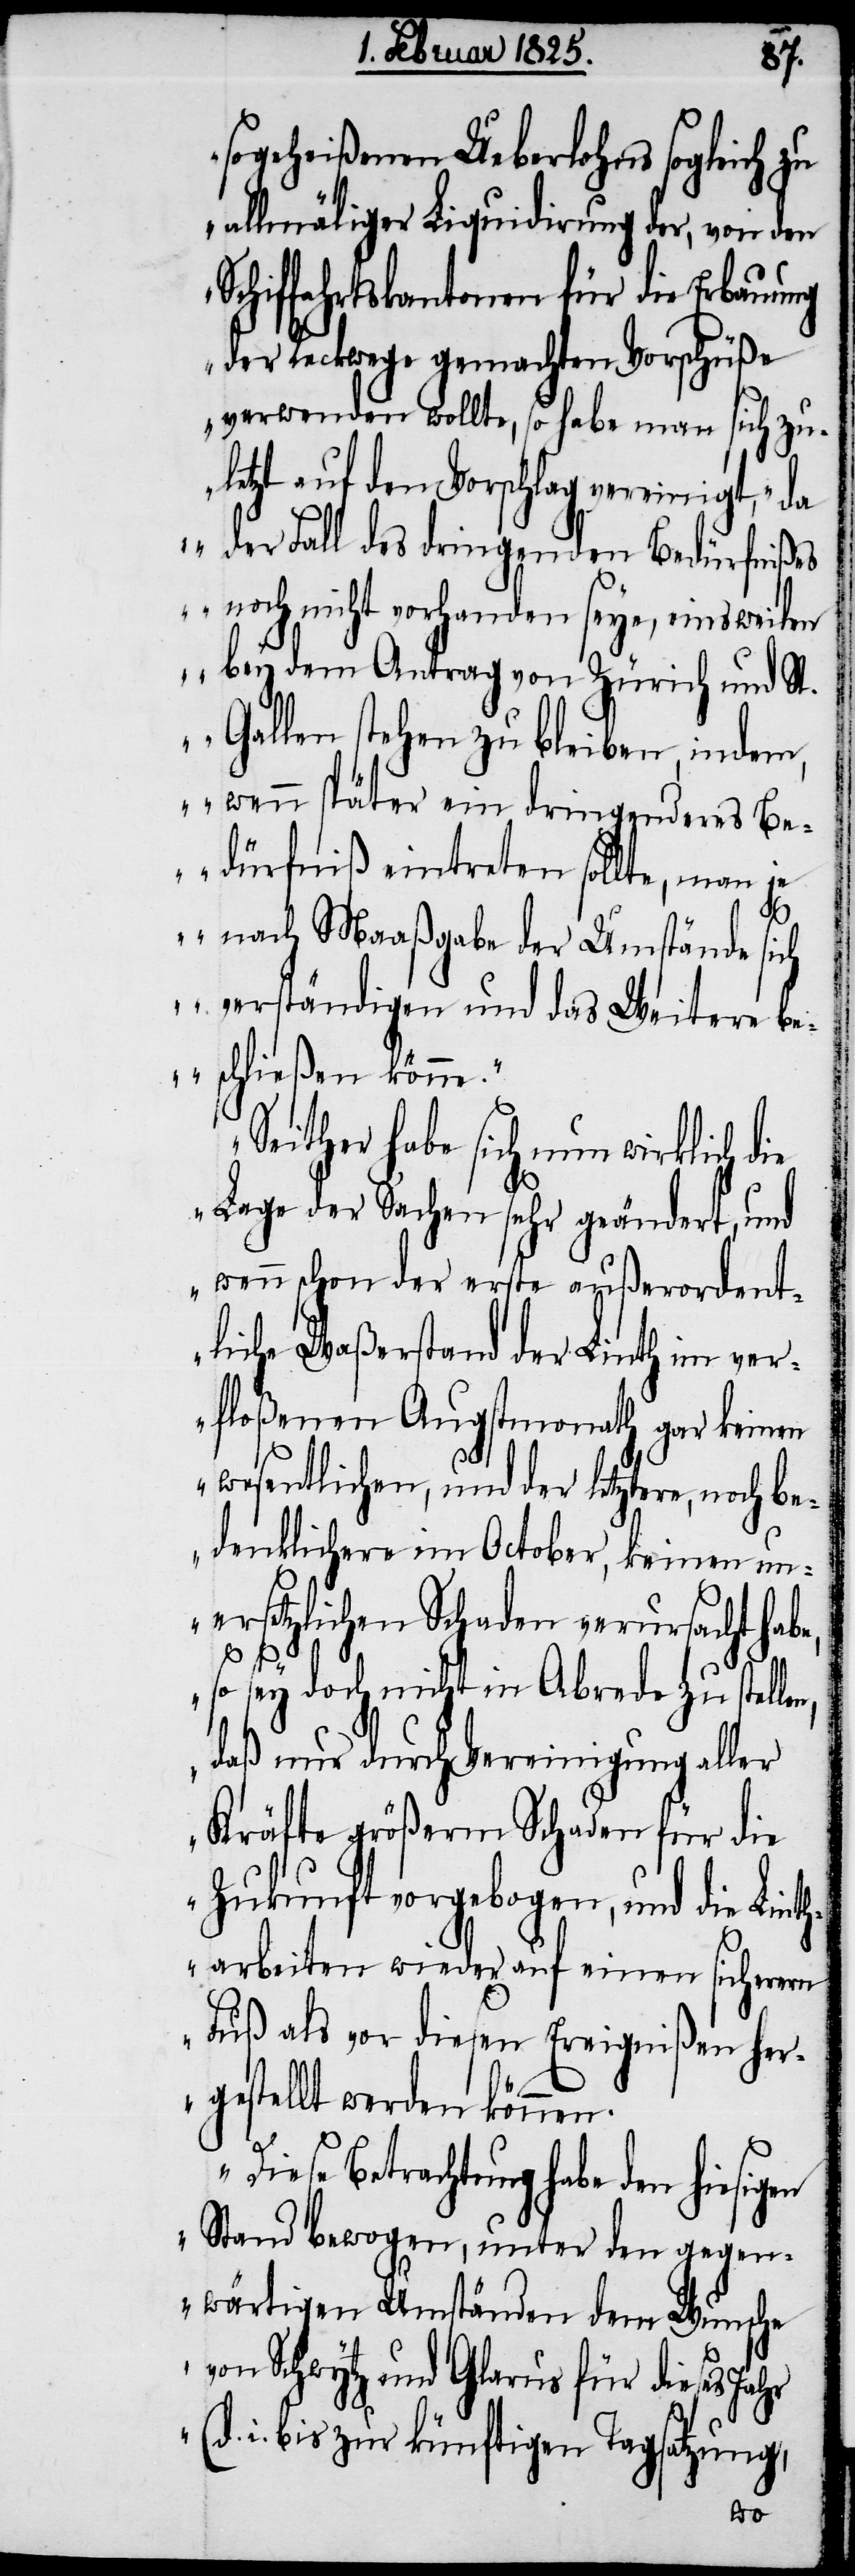
sogeheißenen Ueberlohns sogleich zu
allmäliger Liquidirung der, von den
Schiffahrtskantonen für die Erbauung
der Reckwege gemachten Vorschüße
verwenden wollte, so habe man sich zu¬
letzt auf den Vorschlag vereinigt, „da
der Fall des dringenden Bedürfnißes
noch nicht vorhanden seye, einsweilen
bey dem Antrag von Zürich und St.
Gallen stehen zu bleiben, indem,
wenn später ein dringenderes Be¬
dürfniß eintreten sollte, man je
nach Maaßgabe der Umstände sich
verständigen und das Weitere be¬
schließen könne.“
„Seither habe sich nun wirklich d¬
ie Lage der Sachen sehr geändert, und
wenn schon der erste außerordent¬
n,
liche Waßerstand der Linth im ver¬
floßenen Augstmonath gar keinen
wesentlichen, und der letztere, noch be¬
denklichere im October, keinen un¬
ersetzlichen Schaden verursacht hab¬
so sey doch nicht in Abrede zu stelle¬
daß nur durch Vereinigung aller
Kräfte größerm Schaden für die
Zukunft vorgebogen, und die Linth¬
arbeiten wieder auf einen sicherern
Fuß als vor diesen Ereignißen her¬
gestellt werden können.
Diese Betrachtung habe den hiesig¬
en Stand bewogen, unter den gegen¬
wärtigen Umständen dem Wunsche
von Schwytz und Glarus für dieses Jahr
i. bis zur künftigen Tagsatzung,
e,